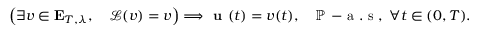
\left( \exists v \in \mathbf { E } _ { T , \lambda } , \quad \mathcal { L } ( v ) = v \right) \Longrightarrow \textbf { u } ( t ) = v ( t ) , \quad \mathbb { P } \mathrm { ~ - ~ a ~ . ~ s ~ } , \; \forall t \in ( 0 , T ) .